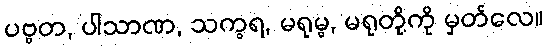
ပဗ္ဗတ, ပါသာဏ, သက္ခရ, မရုမ္ဗ, မရုတို့ကို မှတ်လေ။